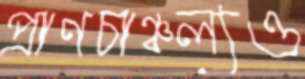
প্রাণচাঞ্চল্যও